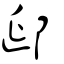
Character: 郔